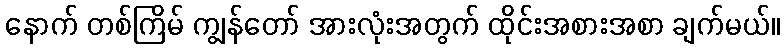
နောက် တစ်ကြိမ် ကျွန်တော် အားလုံးအတွက် ထိုင်းအစားအစာ ချက်မယ်။